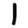
Digit: 1